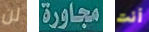
لن مجاورة أنت